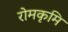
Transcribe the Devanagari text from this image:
रोमकृमि